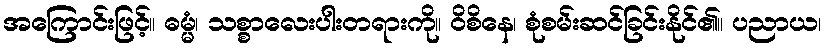
အကြောင်းဖြင့်။ ဓမ္မံ၊ သစ္စာလေးပါးတရားကို။ ဝိစိနေ၊ စုံစမ်းဆင်ခြင်းနိုင်၏။ ပညာယ၊